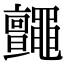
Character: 𪓼